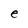
Character: e